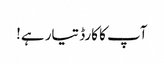
آپ کا کارڈ تیار ہے!